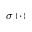
\sigma \left( \cdot \right)